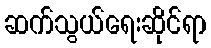
ဆက်သွယ်ရေးဆိုင်ရာ